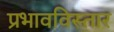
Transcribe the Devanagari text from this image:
प्रभावविस्तार